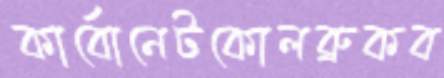
কার্বোনেটকোলব্রুকব